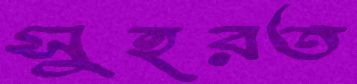
সুহরত